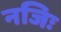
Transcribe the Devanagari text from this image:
नजिः